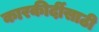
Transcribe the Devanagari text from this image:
कारकीर्दीसाठी